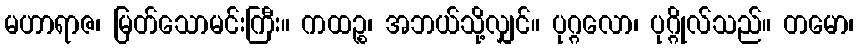
မဟာရာဇ၊ မြတ်သောမင်းကြီး။ ကထဉ္စ၊ အဘယ်သို့လျှင်။ ပုဂ္ဂလော၊ ပုဂ္ဂိုလ်သည်။ တမော၊